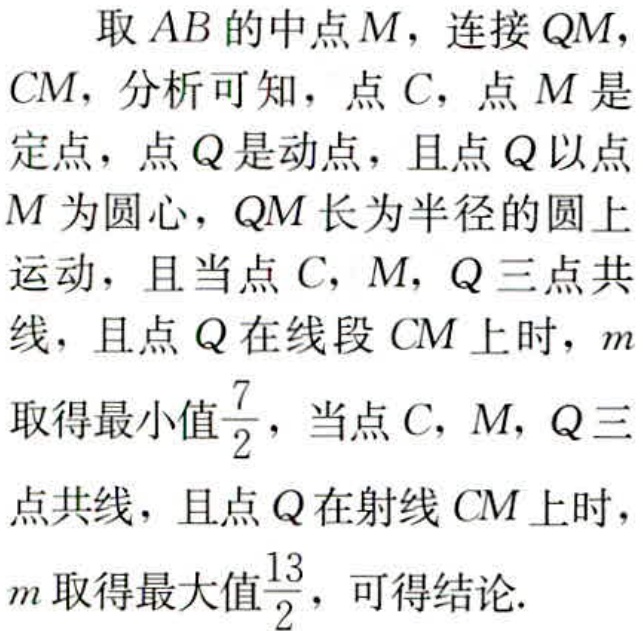
取 \(AB\) 的中点 \(M\)，连接 \(QM\)，\(CM\)，分析可知，点 \(C\)，点 \(M\) 是定点，点 \(Q\) 是动点，且点 \(Q\) 以点 \(M\) 为圆心，\(QM\) 长为半径的圆上运动，且当点 \(C\)，\(M\)，\(Q\) 三点共线，且点 \(Q\) 在线段 \(CM\) 上时，\(m\) 取得最小值\(\frac{7}{2}\)，当点 \(C\)，\(M\)，\(Q\) 三点共线，且点 \(Q\) 在射线 \(CM\) 上时，\(m\) 取得最大值\(\frac{13}{2}\)，可得结论.